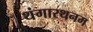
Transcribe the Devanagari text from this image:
थंगारथनम